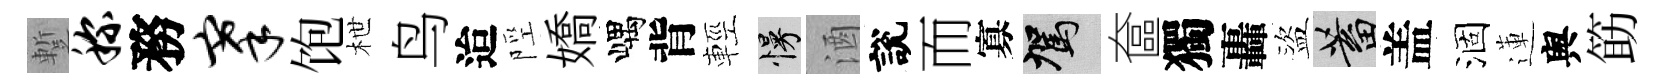
蹔称務搴饱枻鸟迨陘嬌嵎背輕慢酒說而寡駕奩獨轟盜蓄盖涸蓮舆筯